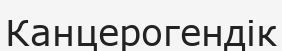
Канцерогендік